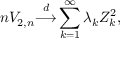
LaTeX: n V _ { 2 , n } { \stackrel { d } { \longrightarrow } } \sum _ { k = 1 } ^ { \infty } \lambda _ { k } Z _ { k } ^ { 2 } ,